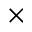
\times